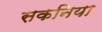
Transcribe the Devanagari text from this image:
सकनिया